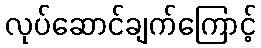
လုပ်ဆောင်ချက်ကြောင့်